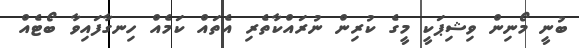
ބުނީ މޯނިން ވިޝިޕަކީ މީގެ ކުރިން ނުރައްކާތެރި އެތައް ކަމެއް ހިނގާފައިވާ ބޯޓެއް